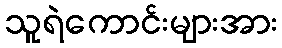
သူရဲကောင်းများအား